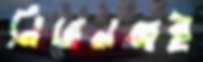
নিরেনব্বই